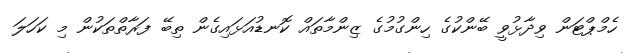
ހެމްޕްޓަން ވިދާޅުވީ ބޭންކުގެ ހިންގުމުގެ ޒިންމާތައް ކޮނޑުއަޅައިގެން ތިބޭ ފަރާތްތަކުން މި ކަހަލަ